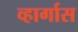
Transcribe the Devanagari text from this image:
व्हार्गास